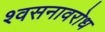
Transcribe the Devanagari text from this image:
श्वसनावरोध